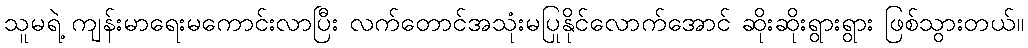
သူမရဲ့ ကျန်းမာရေးမကောင်းလာပြီး လက်တောင်အသုံးမပြုနိုင်လောက်အောင် ဆိုးဆိုးရွားရွား ဖြစ်သွားတယ်။